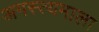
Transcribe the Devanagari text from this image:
अगस्त्यमाला